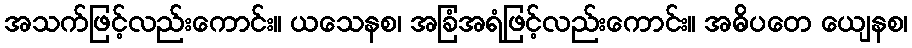
အသက်ဖြင့်လည်းကောင်း။ ယသေနစ၊ အခြံအရံဖြင့်လည်းကောင်း။ အဓိပတေ ယျေနစ၊